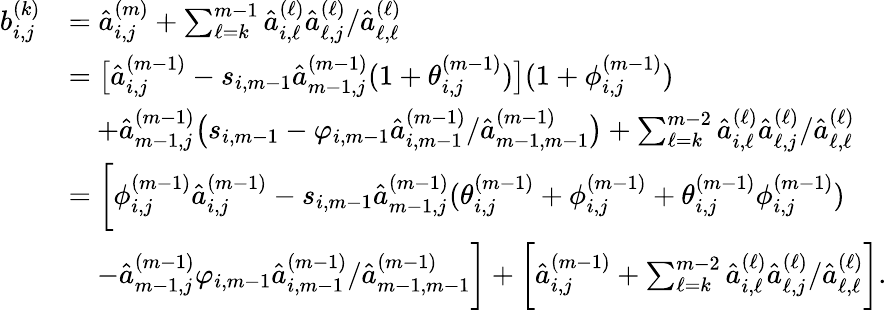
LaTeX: \begin{array}{rl}{b_{i,j}^{(k)}}&{=\hat{a}_{i,j}^{(m)}+\sum_{\ell=k}^{m-1}\hat{a}_{i,\ell}^{(\ell)}\hat{a}_{\ell,j}^{(\ell)}/\hat{a}_{\ell,\ell}^{(\ell)}}\\ &{=\big[\hat{a}_{i,j}^{(m-1)}-s_{i,m-1}\hat{a}_{m-1,j}^{(m-1)}(1+\theta_{i,j}^{(m-1)})\big](1+\phi_{i,j}^{(m-1)})}\\ &{\quad+\hat{a}_{m-1,j}^{(m-1)}\big(s_{i,m-1}-\varphi_{i,m-1}\hat{a}_{i,m-1}^{(m-1)}/\hat{a}_{m-1,m-1}^{(m-1)}\big)+\sum_{\ell=k}^{m-2}\hat{a}_{i,\ell}^{(\ell)}\hat{a}_{\ell,j}^{(\ell)}/\hat{a}_{\ell,\ell}^{(\ell)}}\\ &{=\bigg[\phi_{i,j}^{(m-1)}\hat{a}_{i,j}^{(m-1)}-s_{i,m-1}\hat{a}_{m-1,j}^{(m-1)}(\theta_{i,j}^{(m-1)}+\phi_{i,j}^{(m-1)}+\theta_{i,j}^{(m-1)}\phi_{i,j}^{(m-1)})}\\ &{\quad-\hat{a}_{m-1,j}^{(m-1)}\varphi_{i,m-1}\hat{a}_{i,m-1}^{(m-1)}/\hat{a}_{m-1,m-1}^{(m-1)}\bigg]+\bigg[\hat{a}_{i,j}^{(m-1)}+\sum_{\ell=k}^{m-2}\hat{a}_{i,\ell}^{(\ell)}\hat{a}_{\ell,j}^{(\ell)}/\hat{a}_{\ell,\ell}^{(\ell)}\bigg].}\end{array}